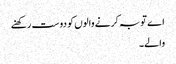
اے توبہ کرنے والوں کو دوست رکھنے
والے۔